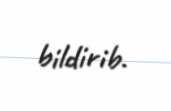
bildirib.